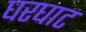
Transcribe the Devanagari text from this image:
घरघाट